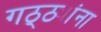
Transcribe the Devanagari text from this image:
गठ्ठ्यांना